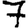
Digit: 7